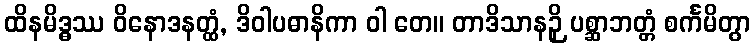
ထိနမိဒ္ဓဿ ဝိနောဒနတ္ထံ, ဒိဝါပဓာနိကာ ဝါ တေ။ တာဒိသာနဉှိ ပစ္ဆာဘတ္တံ စင်္ကမိတွာ